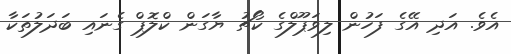
އެވެ. އަދި އޭގެ ފަހުން ލިވަޕޫލްގެ ކޯޗު ޔާގަން ކްލޮޕް ގެނައި ބަދަލުތަކާ